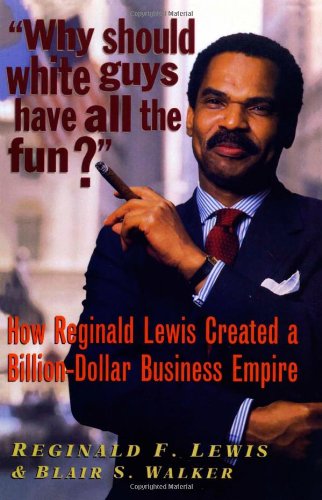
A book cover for Why Should White Guys Have All the Fun?: How Reginald Lewis Created a Billion-Dollar Business Empire; Reginald F. Lewis; Biographies & Memoirs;